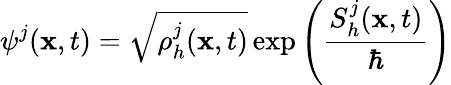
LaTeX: \psi^{j}(\textbf{x},t)=\sqrt{\rho_{h}^{j}(\textbf{x},t)}\exp\left(\frac{S_{h}^{j}(\textbf{x},t)}{\hbar}\right)